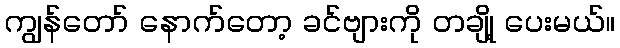
ကျွန်တော် နောက်တော့ ခင်ဗျားကို တချို့ ပေးမယ်။